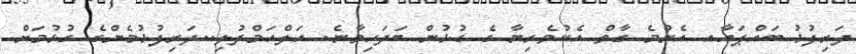
ދަރިފުޅު ބައްޕައާއ އެންމެ ގާތް އެކުވެރިޔާ ގެ ގުޅުން ބަދަހިވާނެ. އަލްހަމްދުލި..ދަރިފުޅުމެންގެ ގުޅުމަށް